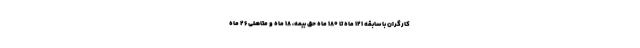
کارگران با سابقه ۱۲۱ ماه تا ۱۸۰ ماه حق بیمه، ۱۸ ماه و متاهلی ۲۶ ماه